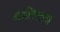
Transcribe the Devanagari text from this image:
व्यक्तित्त्वाचा